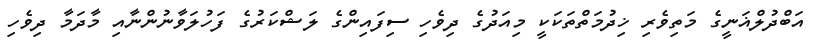
އަބްދުލްޣަނީގެ މަތިވެރި ޚިދުމަތްތަކަކީ މިއަދުގެ ދިވެހި ސިފައިންގެ ލަޝްކަރުގެ ފަހުލަވާނުންނާއި މާދަމާ ދިވެހި